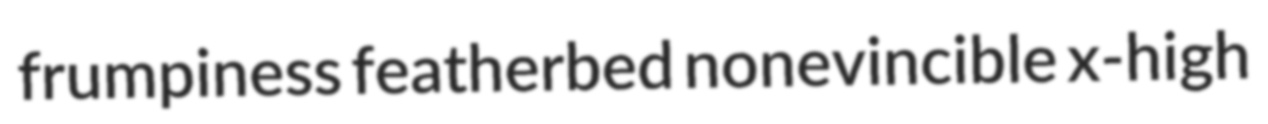
frumpiness featherbed nonevincible x-high